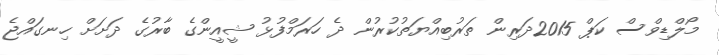
މޯލްޑިވްސް ކަޕް 2015ދަރިން ތަރުބިއްޔަތުކުރުން ދެ ހަރަމްފުޅު ޝީއީންގެ ބާރުގެ ދަށަށް ހިނގައްޖެ